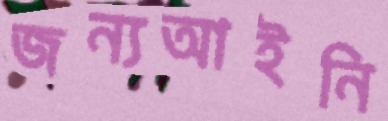
জন্যআইনি